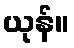
ယုန်။